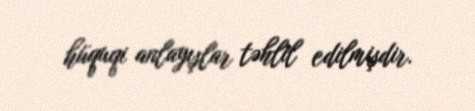
hüquqi anlayışlar təhlil edilmişdir.